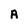
Character: A